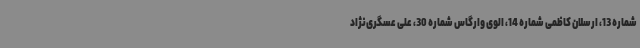
شماره 13، ارسلان کاظمی شماره 14، الوی وارگاس شماره 30، علی عسگری‌نژاد